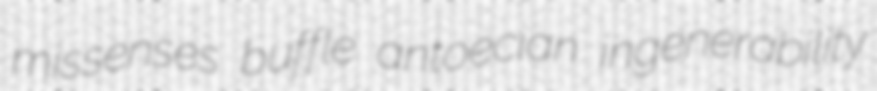
missenses buffle antoecian ingenerability